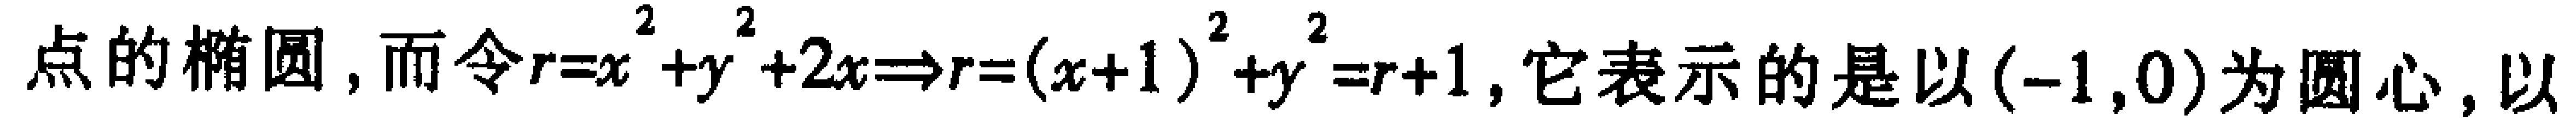
点的椭圆，而令$r = x^{2}+y^{2}+2x\Rightarrow r=(x + 1)^{2}+y^{2}=r + 1$，它表示的是以$(-1,0)$为圆心，以